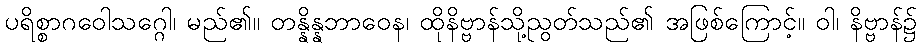
ပရိစ္စာဂဝေါသဂ္ဂေါ၊ မည်၏။ တန္နိန္နဘာဝေန၊ ထိုနိဗ္ဗာန်သို့ညွတ်သည်၏ အဖြစ်ကြောင့်။ ဝါ၊ နိဗ္ဗာန်၌